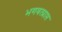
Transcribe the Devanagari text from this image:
भगवत्प्राप्त